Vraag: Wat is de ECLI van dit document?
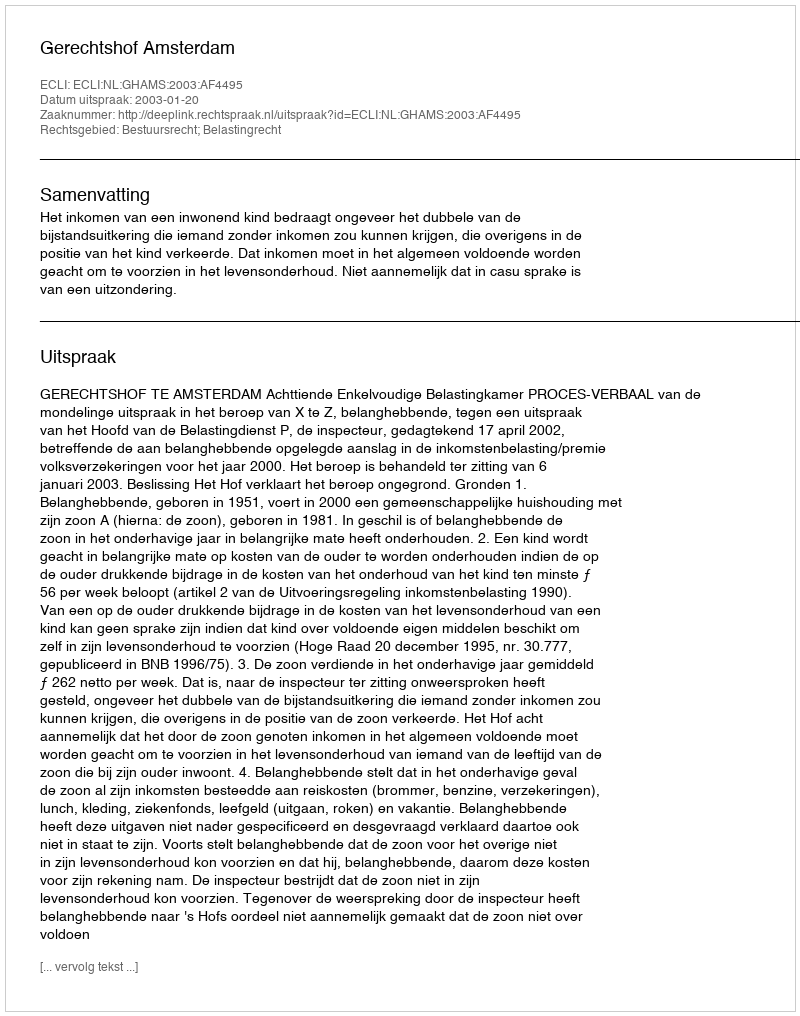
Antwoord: ECLI:NL:GHAMS:2003:AF4495